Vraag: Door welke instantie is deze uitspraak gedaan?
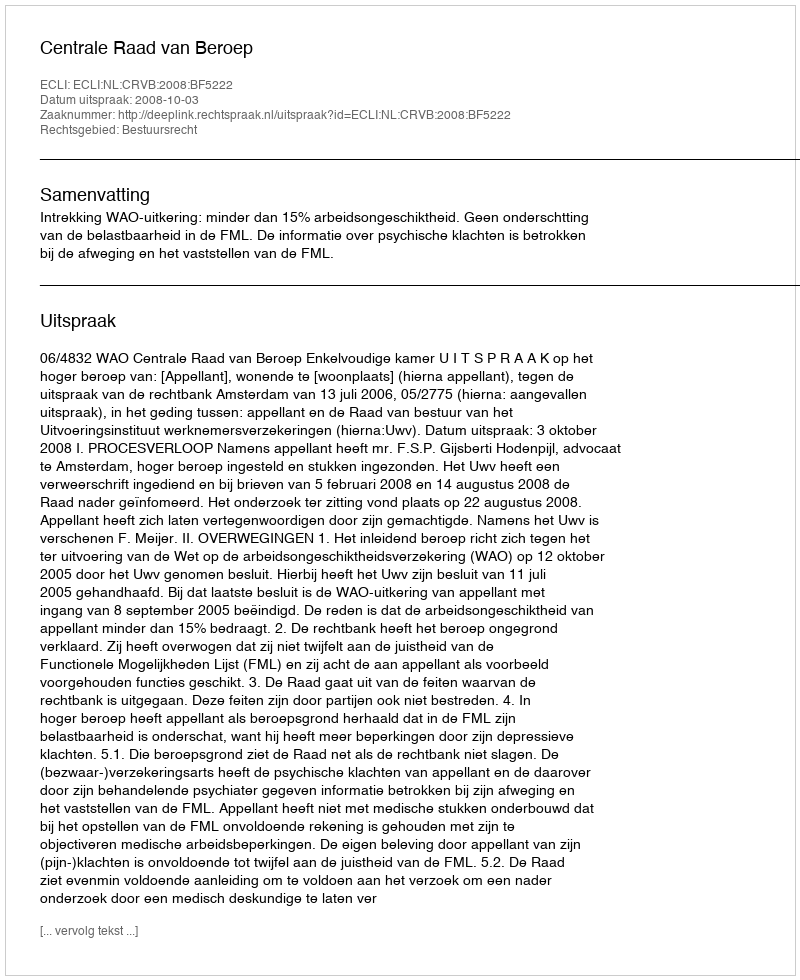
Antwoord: Centrale Raad van Beroep